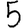
Digit: 5